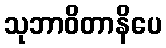
သုဘာဝိတာနိပေ